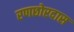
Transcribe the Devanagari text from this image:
रणछोरदास